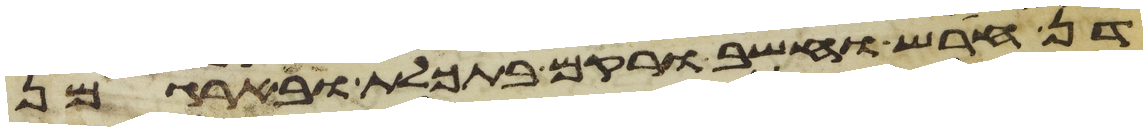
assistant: דן חרש וחשב ורקם בתכלת ובארגמן